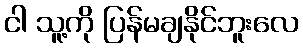
ငါ သူ့ကို ပြန်မချနိုင်ဘူးလေ